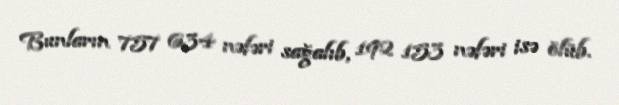
Bunların 757 634 nəfəri sağalıb, 192 153 nəfəri isə ölüb.